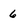
Character: 6